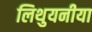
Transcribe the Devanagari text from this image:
लिथुयनीया